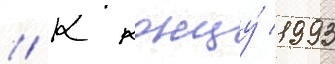
// К концу́ 1993